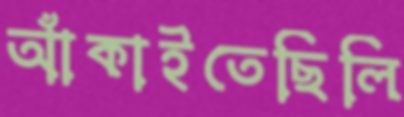
আঁকাইতেছিলি